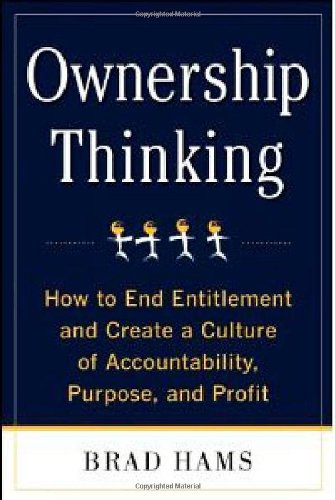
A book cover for Ownership Thinking:  How to End Entitlement and Create a Culture of Accountability, Purpose, and Profit; Brad Hams; Business & Money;